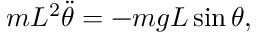
m L ^ { 2 } { \ddot { \theta } } = - m g L \sin \theta ,